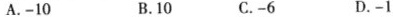
A.-10 B.10 C.-6 D.-1